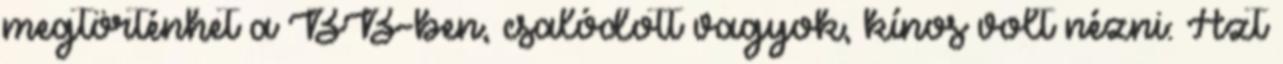
megtörténhet a BB-ben, csalódott vagyok, kínos volt nézni: Azt